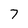
Character: 7